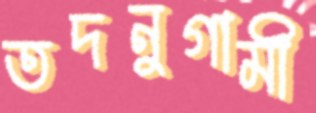
তদনুগামী